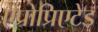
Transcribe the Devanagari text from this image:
एप्रोप्रिएटेड